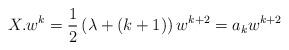
LaTeX: \begin{align*} X.w^k=\frac12\left(\lambda+(k+1)\right)w^{k+2}=a_kw^{k+2}\end{align*}